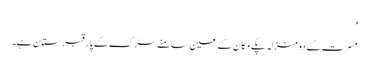
'
مسرت کے دو منزلہ پکے مکان کے عین سامنے سڑک کے پار قبرستان ہے۔